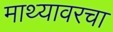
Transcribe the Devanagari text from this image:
माथ्यावरचा